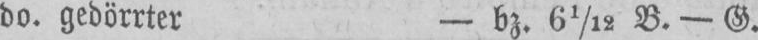
do. gedörrter - bz. 61/12 B. - G.